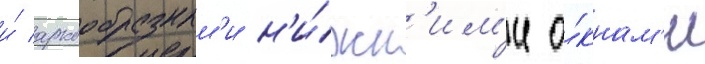
и́ аркообразным'и н'и́жн'им'и о́кнам'и